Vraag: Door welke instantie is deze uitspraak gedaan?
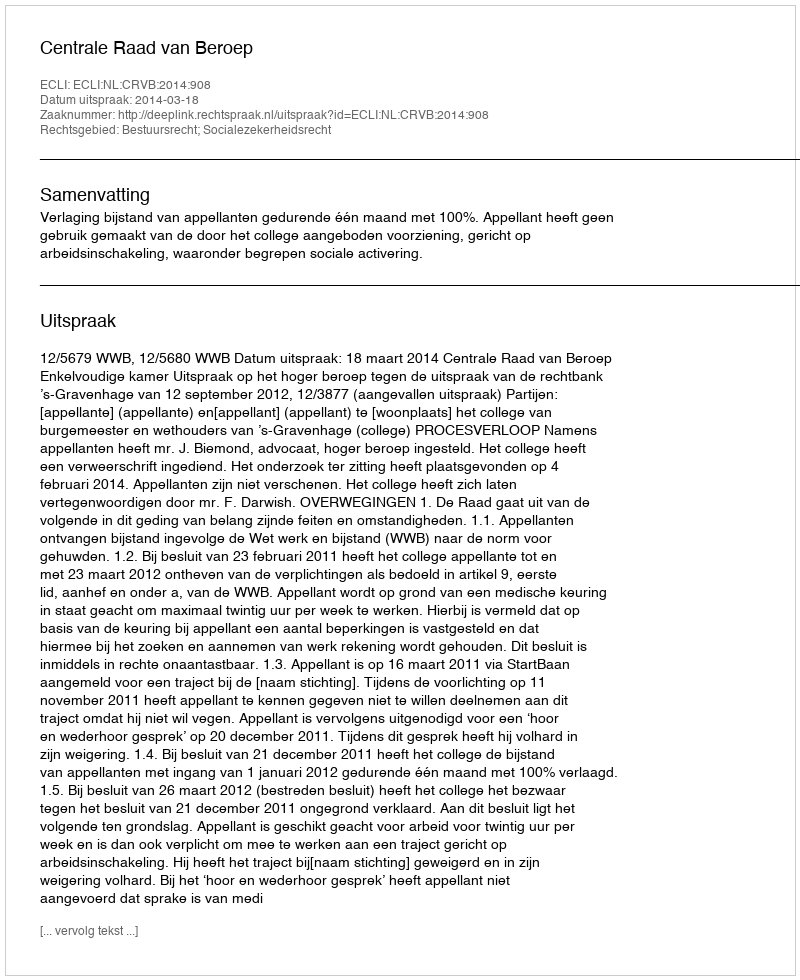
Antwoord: Centrale Raad van Beroep